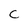
Character: C